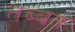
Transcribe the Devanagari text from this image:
तब्बत